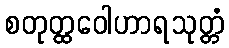
စတုတ္ထဝေါဟာရသုတ္တံ